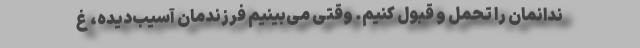
ندانمان را تحمل و قبول کنیم. وقتی می‌‌بینیم فرزندمان آسیب‌دیده، غ